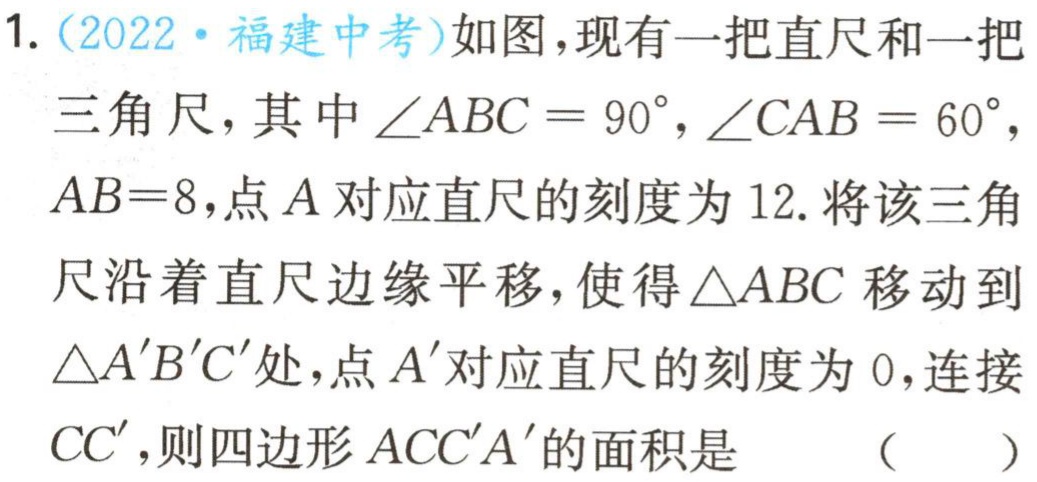
1.（2022·福建中考）如图，现有一把直尺和一把

三角尺，其中$\angle ABC = 90^{\circ}$，$\angle CAB = 60^{\circ}$，

$AB = 8$，点$A$对应直尺的刻度为$12$. 将该三角

尺沿着直尺边缘平移，使得$\triangle ABC$移动到

$\triangle A'B'C'$处，点$A'$对应直尺的刻度为$0$，连接

$CC'$，则四边形$ACC'A'$的面积是 （  ）